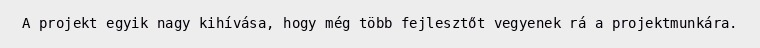
A projekt egyik nagy kihívása, hogy még több fejlesztőt vegyenek rá a projektmunkára.